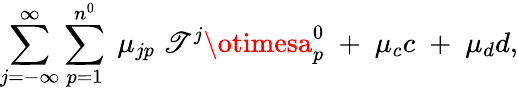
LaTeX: \sum_{j=-\infty}^{\infty}\sum_{p=1}^{n^{0}}\; \mu_{jp}\; \mathscr{T}^{j}\otimesa_{p}^{0}\; +\; \mu_{c}c\; +\; \mu_{d}d,